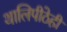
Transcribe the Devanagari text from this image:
थालिपीठेही